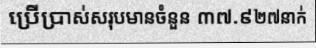
ប្រើប្រាស់សរុបមានចំនួន ៣៧.៩២៧នាក់